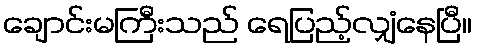
ချောင်းမကြီးသည် ရေပြည့်လျှံနေပြီ။